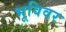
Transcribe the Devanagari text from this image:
भूविवर